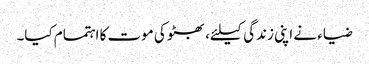
ضیاء نے اپنی زندگی کیلئے، بھٹو کی موت کا اہتمام کیا۔